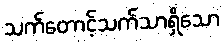
သက်တောင့်သက်သာရှိသော